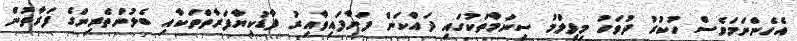
އެހެންނަމަވެސް ހުކުރު ދުވަހު މިފިލްމު ސިނަމާތަކުގައި ދައްކަން ފަށާފައިވާއިރު ފާޑުކިޔާފަރާތްތަކާއި ބެލުންތެރިންގެ ފަރާތުން